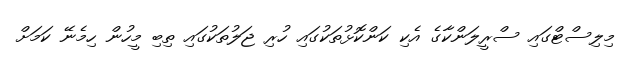
މިލިސްޓްގައި ސްރީލަންކާގެ އެކި ކަންކޮޅުތަކުގައި ހުރި ޖަލުތަކުގައި ތިބި މީހުން ހިމެނޭ ކަމަށް